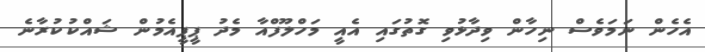
އެހެން ނަމަވެސް ނިހާން ވިދާޅުވި ގޮތުގައި އެއީ މަހްލޫފްއާ މެދު ޕީޕީއެމުން ޝައްކުކުރާނެ